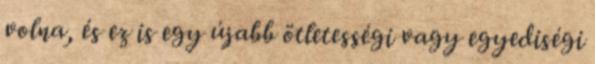
volna, és ez is egy újabb ötletességi vagy egyediségi